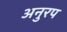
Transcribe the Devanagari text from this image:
अनुरप